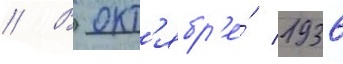
// В окт'ябр'е́ 1936